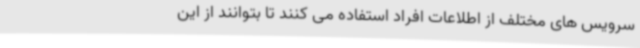
سرویس های مختلف از اطلاعات افراد استفاده می کنند تا بتوانند از این